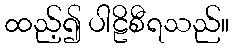
ထည့်၍ ပါဠိစီရသည်။